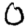
Digit: 0